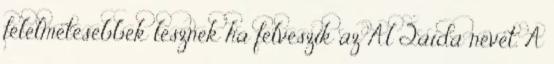
félelmetesebbek lesznek ha felveszik az Al Qaida nevet. A